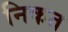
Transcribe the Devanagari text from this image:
निकत